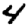
Digit: 4